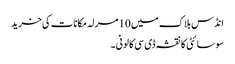
انڈس بلاک میں 10 مرلہ مکانات کی خرید
سوسائٹی کا نقشہ ڈی سی کالونی ۔